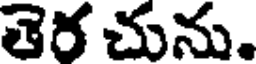
తెర చును.